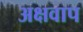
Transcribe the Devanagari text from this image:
अक्षवाप